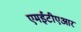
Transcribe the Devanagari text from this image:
एमईटीएआर